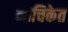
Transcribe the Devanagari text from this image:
नाचिकेत